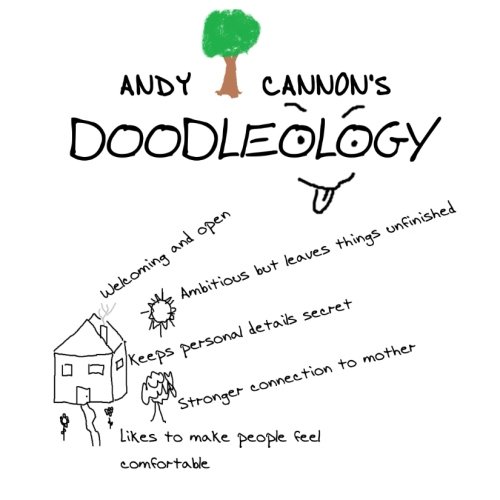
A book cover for Doodleology; Andy Cannon; Self-Help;